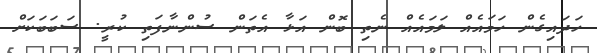
ހަދައިގެން ހަމައެއް ލަމައެއް ނެތި ބޮން އަޅާ އެތަން ސުންނާފަތި ކުރީ. ސަބަބަކަށް